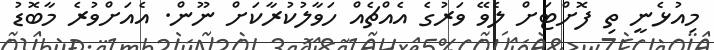
މިއުޅެނީ ތި ފޮށްޓަށް ލެވޭ ވަރުގެ އެއްޗެއް ހަވާލުކުރާކަށް ނޫން. އެއަށްވުރެ މާބޮޑު